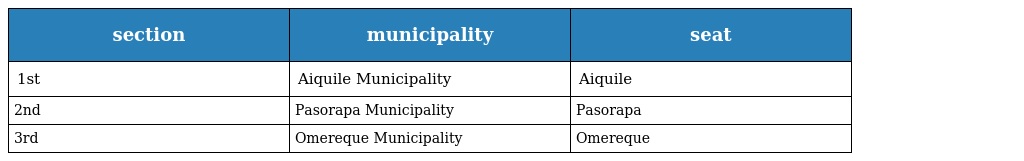
| section | municipality | seat |
 | --- | --- | --- |
 | 1st | Aiquile Municipality | Aiquile |
 | 2nd | Pasorapa Municipality | Pasorapa |
 | 3rd | Omereque Municipality | Omereque |